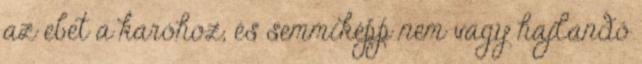
az ebet a karóhoz, és semmiképp nem vagy hajlandó